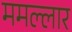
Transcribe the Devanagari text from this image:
ममल्लार